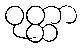
ဝုတ္ထာ